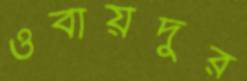
ওবায়দুর